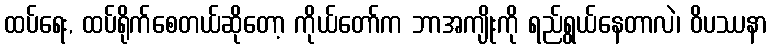
ထပ်ရေး, ထပ်ရိုက်စေတယ်ဆိုတော့ ကိုယ်တော်က ဘာအကျိုးကို ရည်ရွယ်နေတာလဲ၊ ဝိပဿနာ